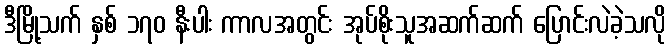
ဒီမြို့သက် နှစ် ၁၇၀ နီးပါး ကာလအတွင်း အုပ်စိုးသူအဆက်ဆက် ပြောင်းလဲခဲ့သလို